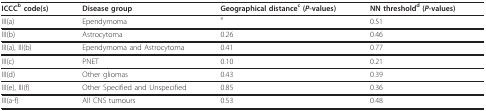
<table><thead><tr><td><b>ICCC<sup>b </sup>code(s)</b></td><td><b>Disease group</b></td><td><b>Geographical distance<sup>c </sup>(<i>P</i>-values)</b></td><td><b>NN threshold<sup>d </sup>(<i>P</i>-values)</b></td></tr></thead><tbody><tr><td>III(a)</td><td>Ependymoma</td><td><sup>e</sup></td><td>0.51</td></tr><tr><td>III(b)</td><td>Astrocytoma</td><td>0.26</td><td>0.46</td></tr><tr><td>III(a), III(b)</td><td>Ependymoma and Astrocytoma</td><td>0.41</td><td>0.77</td></tr><tr><td>III(c)</td><td>PNET</td><td>0.10</td><td>0.21</td></tr><tr><td>III(d)</td><td>Other gliomas</td><td>0.43</td><td>0.39</td></tr><tr><td>III(e), III(f)</td><td>Other Specified and Unspecified</td><td>0.85</td><td>0.36</td></tr><tr><td>III(a-f)</td><td>All CNS tumours</td><td>0.53</td><td>0.48</td></tr></tbody></table>